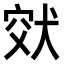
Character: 𤞮